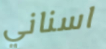
اسناني